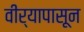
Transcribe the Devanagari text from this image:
वीर्यापासून